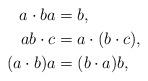
LaTeX: \begin{align*}a\cdot ba &= b, \\ab\cdot c &= a\cdot(b\cdot c),\\(a\cdot b)a &= (b\cdot a)b,\end{align*}